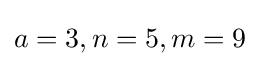
a=3,n=5,m=9